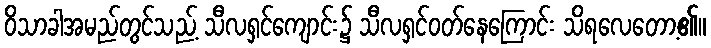
ဝိသာခါအမည်တွင်သည့် သီလရှင်ကျောင်း၌ သီလရှင်ဝတ်နေကြောင်း သိရလေတော့၏။